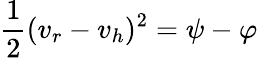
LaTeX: {\frac{1}{2}}(v_{r}-v_{h})^{2}=\psi-\varphi